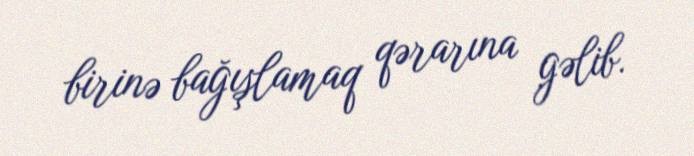
birinə bağışlamaq qərarına gəlib.